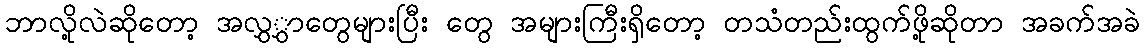
ဘာလို့လဲဆိုတော့ အလွှွှာတွေများပြီး တွေ အများကြီးရှိတော့ တသံတည်းထွက်ဖို့ဆိုတာ အခက်အခဲ